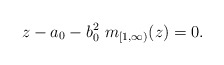
\begin{align*} z-a_0-b_0^2\ m_{[1,\infty)}(z)=0.\end{align*}